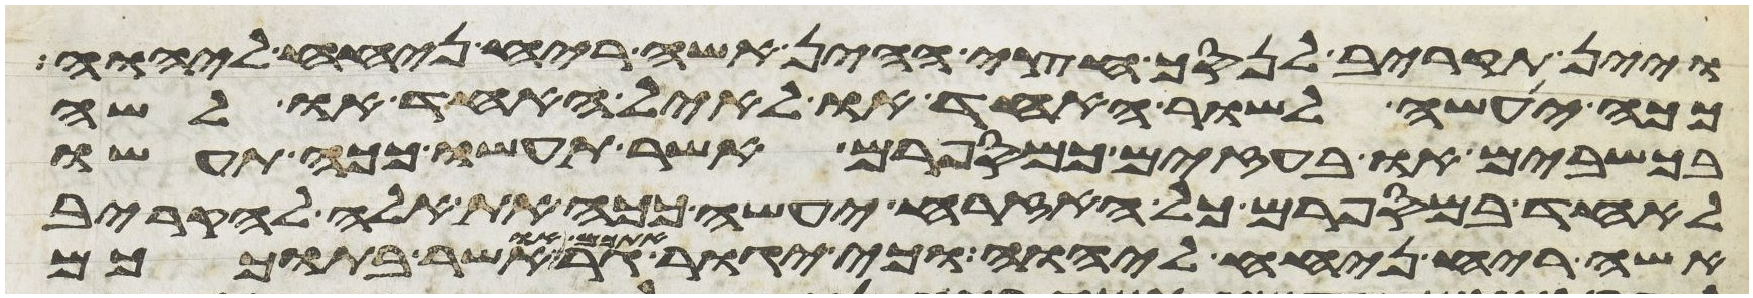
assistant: ויין תקריב לנסך חצי ההין אשה ריח ניחח ליהוה
ככה יעשה לשור האחד או לאיל האחד או לשה
בכשבים או בעזים כמספרם אשר תעשו ככה תעשו
לאחד במספרם כל האזרח יעשה ככה את אלה להקריב
אשה ריח ניחח ליהוה וכי יגור אתכם גר או אשר בתוככם